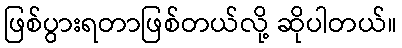
ဖြစ်ပွားရတာဖြစ်တယ်လို့ ဆိုပါတယ်။